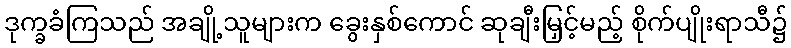
ဒုက္ခခံကြသည် အချို့သူများက ခွေးနှစ်ကောင် ဆုချီးမြှင့်မည့် စိုက်ပျိုးရာသီ၌